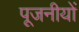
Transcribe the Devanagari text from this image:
पूजनीयों